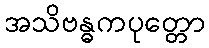
အသိဗန္ဓကပုတ္တော